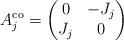
LaTeX: \begin{align*} A_j^{\operatorname{co}} = \begin{pmatrix} 0 & -J_j \\ J_j &0 \end{pmatrix}\end{align*}